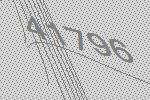
41796